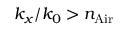
k _ { x } / { k _ { 0 } } > n _ { \mathrm { A i r } }